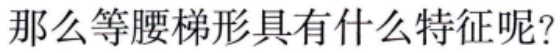
那么等腰梯形具有什么特征呢？